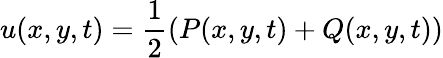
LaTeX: u(x,y,t)=\frac{1}{2}\left(P(x,y,t)+Q(x,y,t)\right)